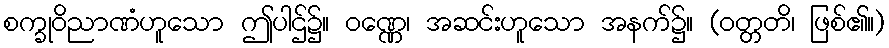
စက္ခုဝိညာဏံဟူသော ဤပါဌ်၌။ ဝဏ္ဏေ၊ အဆင်းဟူသော အနက်၌။ (ဝတ္တတိ၊ ဖြစ်၏။)